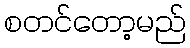
စတင်တော့မည်